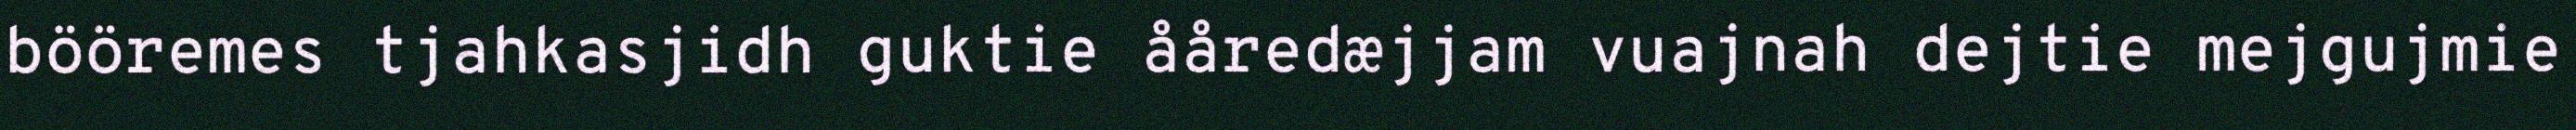
bööremes tjahkasjidh guktie ååredæjjam vuajnah dejtie mejgujmie